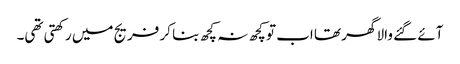
آئے گئے والا گھر تھا اب تو کچھ نہ کچھ بنا کر فریج میں رکھتی تھی۔